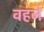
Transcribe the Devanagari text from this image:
वहजे